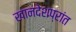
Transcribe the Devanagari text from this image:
खानदेशप्रांत